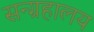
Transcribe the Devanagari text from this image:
सन्ग्रहालय